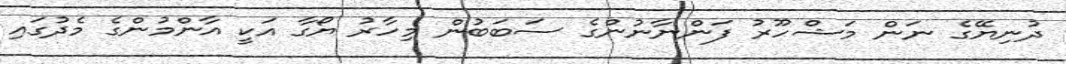
ދުނިޔޭގެ ނަން މަޝްހޫރު ފަންނާނުންގެ ސަބަބުން މިހާރު ޔޯގާ އަކީ އާންމުންގެ މެދުގައި